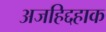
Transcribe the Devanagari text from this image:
अजहिद्दहाक